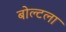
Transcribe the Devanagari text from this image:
बोल्टला